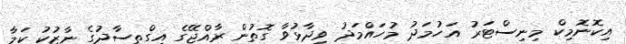
އިކޮނޮމިކް މިނިސްޓަރު އަހުމަދު މުހައްމަދު ވިދާޅުވާ ގޮތުން ރާއްޖޭގެ އިގްތިސާދުގެ ނާޒުކު ކަމާ